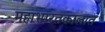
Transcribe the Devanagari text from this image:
महाभारतकालात